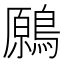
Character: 𪄁